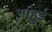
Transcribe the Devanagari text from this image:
आंहुई